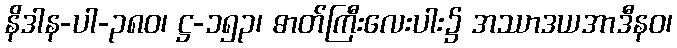
နိဒါန-ပါ-၃၈၀၊ ဋ္ဌ-၁၅၃၊ ဓာတ်ကြီးလေးပါး၌ အဿာဒယအာဒီနဝ၊